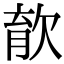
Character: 𣣎